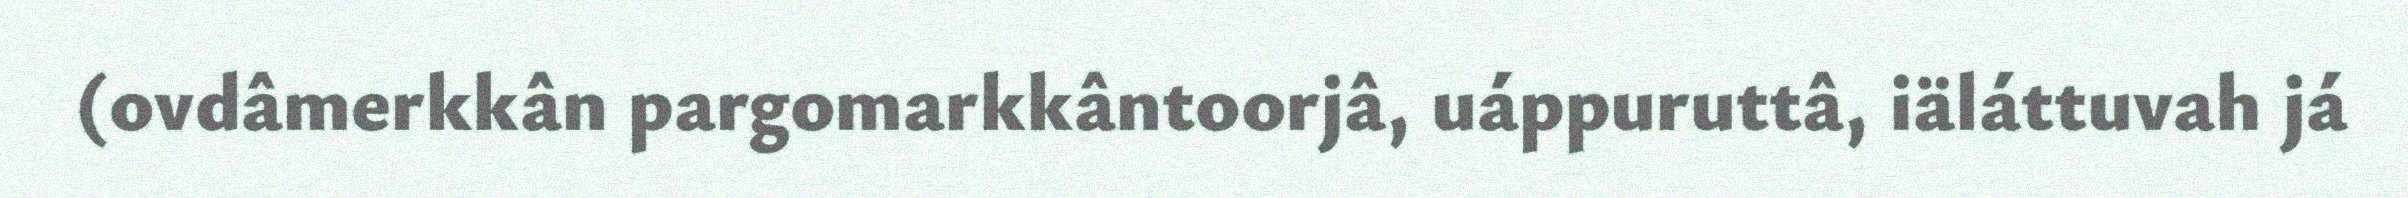
(ovdâmerkkân pargomarkkântoorjâ, uáppuruttâ, iäláttuvah já